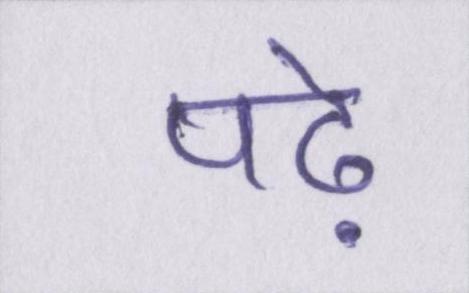
पढ़े